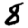
Digit: 8